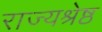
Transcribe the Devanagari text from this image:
राज्यश्रेष्ठ